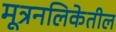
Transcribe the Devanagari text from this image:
मूत्रनलिकेतील